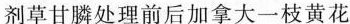
剂草甘膦处理前后加拿大一枝黄花